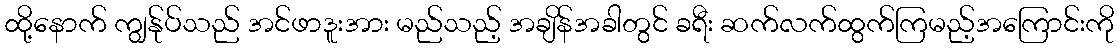
ထို့နောက် ကျွန်ုပ်သည် အင်ဖာဒူးအား မည်သည့် အချိန်အခါတွင် ခရီး ဆက်လက်ထွက်ကြမည့်အကြောင်းကို